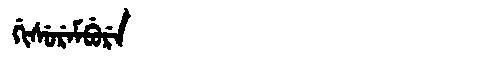
Manchu: ᡤᡳᠰᡠᡵᡝᠮᠪᡠᡵᡝ
Romanization: GISUREMBURE